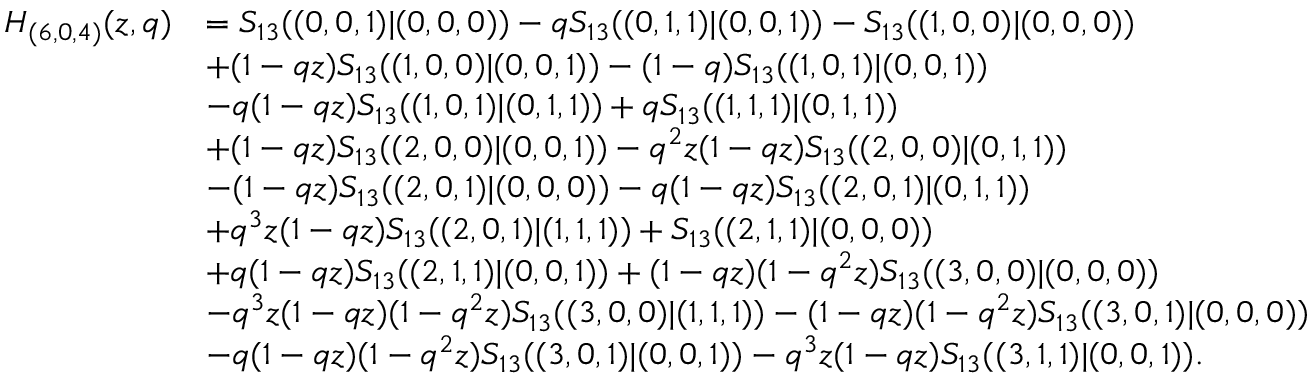
\begin{array} { r l } { H _ { ( 6 , 0 , 4 ) } ( z , q ) } & { = S _ { 1 3 } ( ( 0 , 0 , 1 ) | ( 0 , 0 , 0 ) ) - q S _ { 1 3 } ( ( 0 , 1 , 1 ) | ( 0 , 0 , 1 ) ) - S _ { 1 3 } ( ( 1 , 0 , 0 ) | ( 0 , 0 , 0 ) ) } \\ & { + ( 1 - q z ) S _ { 1 3 } ( ( 1 , 0 , 0 ) | ( 0 , 0 , 1 ) ) - ( 1 - q ) S _ { 1 3 } ( ( 1 , 0 , 1 ) | ( 0 , 0 , 1 ) ) } \\ & { - q ( 1 - q z ) S _ { 1 3 } ( ( 1 , 0 , 1 ) | ( 0 , 1 , 1 ) ) + q S _ { 1 3 } ( ( 1 , 1 , 1 ) | ( 0 , 1 , 1 ) ) } \\ & { + ( 1 - q z ) S _ { 1 3 } ( ( 2 , 0 , 0 ) | ( 0 , 0 , 1 ) ) - q ^ { 2 } z ( 1 - q z ) S _ { 1 3 } ( ( 2 , 0 , 0 ) | ( 0 , 1 , 1 ) ) } \\ & { - ( 1 - q z ) S _ { 1 3 } ( ( 2 , 0 , 1 ) | ( 0 , 0 , 0 ) ) - q ( 1 - q z ) S _ { 1 3 } ( ( 2 , 0 , 1 ) | ( 0 , 1 , 1 ) ) } \\ & { + q ^ { 3 } z ( 1 - q z ) S _ { 1 3 } ( ( 2 , 0 , 1 ) | ( 1 , 1 , 1 ) ) + S _ { 1 3 } ( ( 2 , 1 , 1 ) | ( 0 , 0 , 0 ) ) } \\ & { + q ( 1 - q z ) S _ { 1 3 } ( ( 2 , 1 , 1 ) | ( 0 , 0 , 1 ) ) + ( 1 - q z ) ( 1 - q ^ { 2 } z ) S _ { 1 3 } ( ( 3 , 0 , 0 ) | ( 0 , 0 , 0 ) ) } \\ & { - q ^ { 3 } z ( 1 - q z ) ( 1 - q ^ { 2 } z ) S _ { 1 3 } ( ( 3 , 0 , 0 ) | ( 1 , 1 , 1 ) ) - ( 1 - q z ) ( 1 - q ^ { 2 } z ) S _ { 1 3 } ( ( 3 , 0 , 1 ) | ( 0 , 0 , 0 ) ) } \\ & { - q ( 1 - q z ) ( 1 - q ^ { 2 } z ) S _ { 1 3 } ( ( 3 , 0 , 1 ) | ( 0 , 0 , 1 ) ) - q ^ { 3 } z ( 1 - q z ) S _ { 1 3 } ( ( 3 , 1 , 1 ) | ( 0 , 0 , 1 ) ) . } \end{array}